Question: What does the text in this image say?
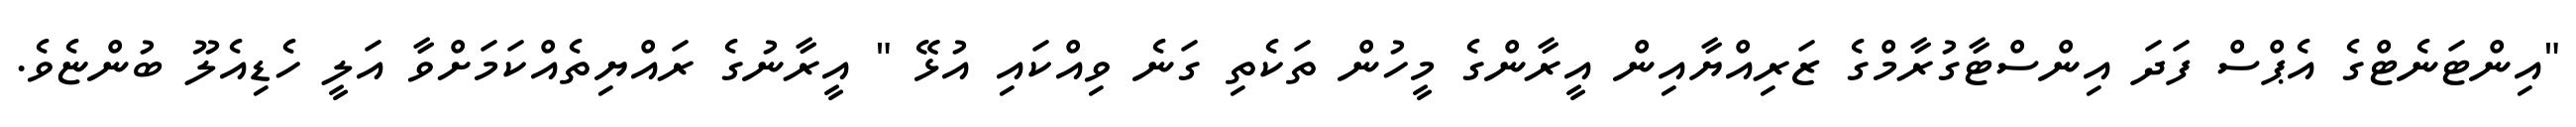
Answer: "އިންޓަނެޓްގެ އެޕްސް ފަދަ އިންސްޓާގުރާމްގެ ޒަރިއްޔާއިން އީރާންގެ މީހުން ތަކެތި ގަނެ ވިއްކައި އުޅޭ " އީރާނުގެ ރައްޔިތެއްކަމަށްވާ އަލީ ހެޑިއެލޫ ބުންޏެވެ.